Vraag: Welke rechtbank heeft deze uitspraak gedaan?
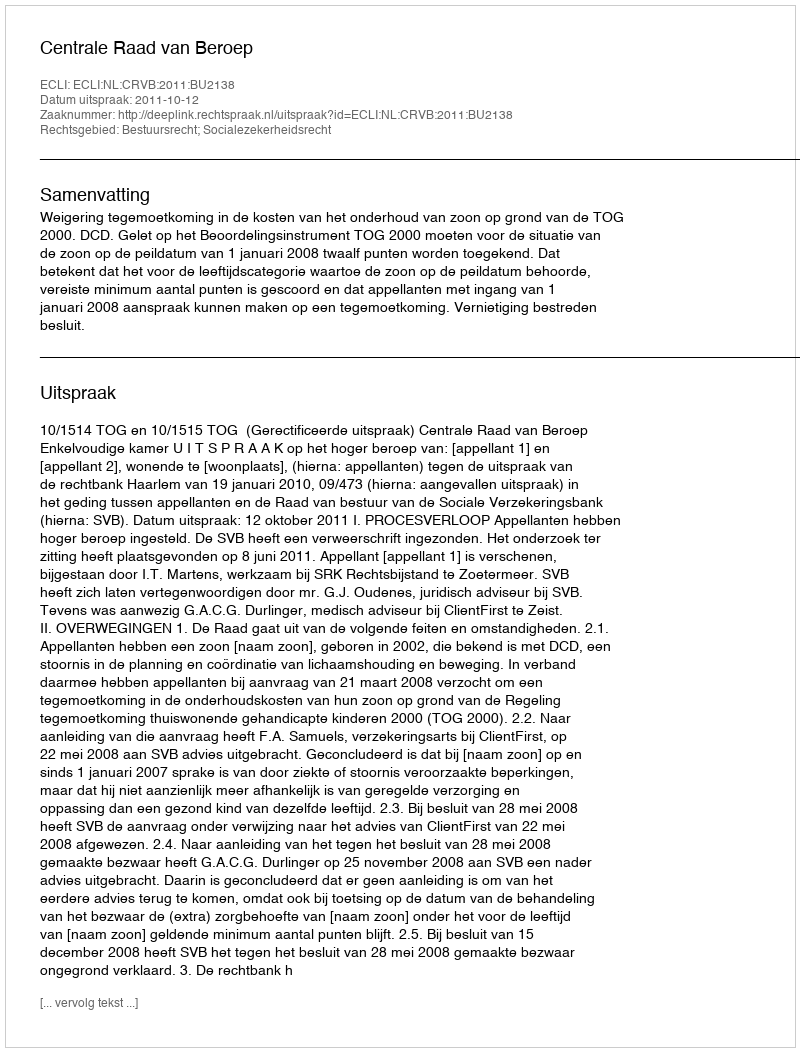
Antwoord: Centrale Raad van Beroep